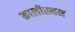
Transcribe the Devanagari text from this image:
कालीरमन